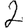
Digit: 2